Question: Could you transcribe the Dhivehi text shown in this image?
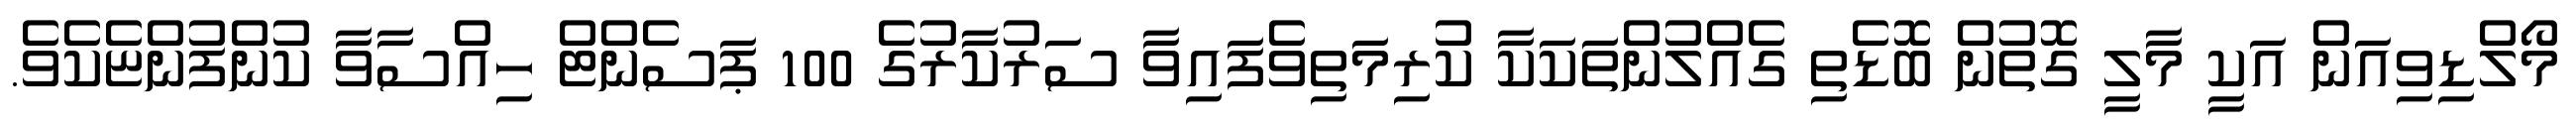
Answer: މޯލްޑިވިއަން އަކީ މާލީ ގޮތުން ބޮޑެތި ގެއްލުންތަކަކާ ކުރިމަތިވެފައިވާ ސަރުކާރުގެ 100 ޕަސެންޓް ހިއްސާވާ ކުންފުންޏެކެވެ.